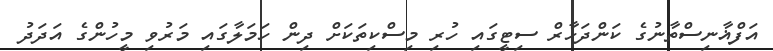
އަފްޣާނިސްތާނުގެ ކަންދަހާރް ސިޓީގައި ހުރި މިސްކިތަކަށް ދިން ހަމަލާގައި މަރުވި މީހުންގެ އަދަދު